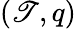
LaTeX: (\mathscr{T},q)